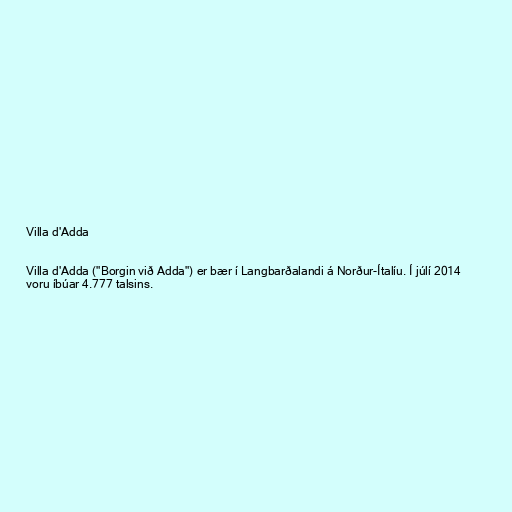
Villa d'Adda

Villa d'Adda ("Borgin við Adda") er bær í Langbarðalandi á Norður-Ítalíu. Í júlí 2014
voru íbúar 4.777 talsins.